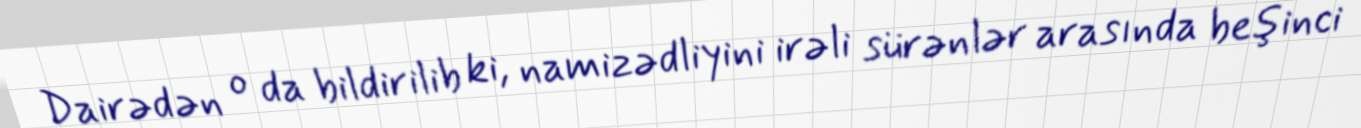
Dairədən o da bildirilib ki, namizədliyini irəli sürənlər arasında beşinci